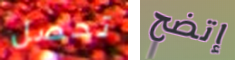
تحصل إتضح